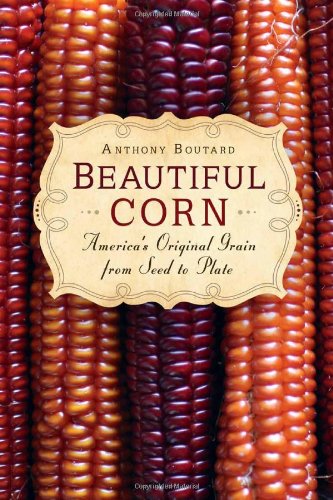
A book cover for Beautiful Corn: America's Original Grain from Seed to Plate; Anthony Boutard; Crafts, Hobbies & Home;